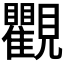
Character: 𧢩